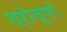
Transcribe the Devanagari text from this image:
श्रोतृणां